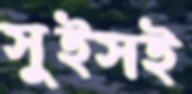
সুইসই